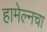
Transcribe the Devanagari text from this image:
हामेल्नचा